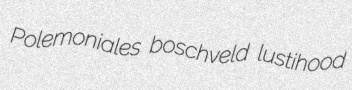
Polemoniales boschveld lustihood